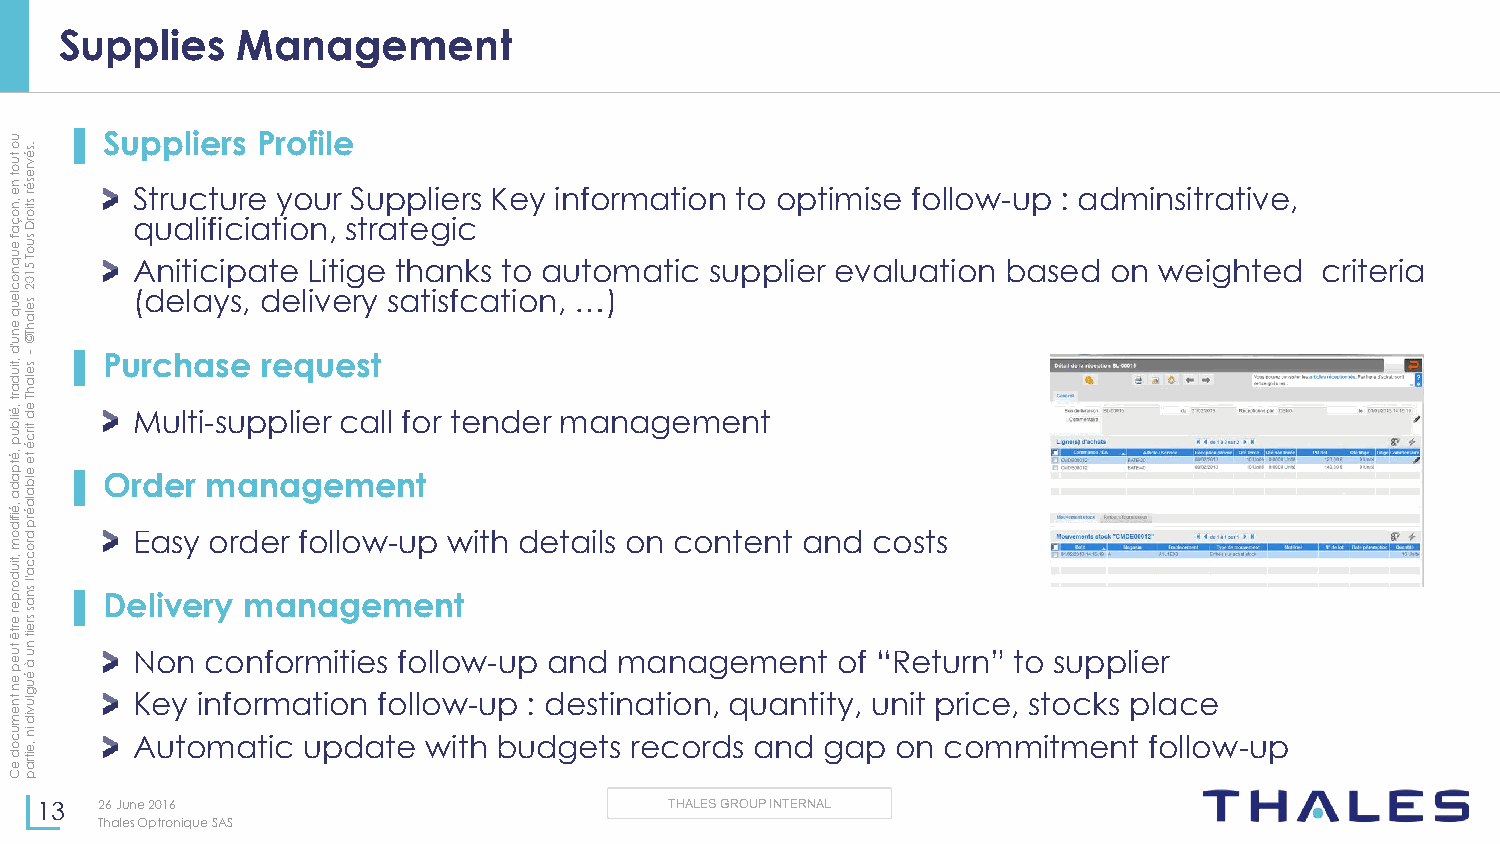
Supplies    Management
 u
 o
 tu o
 t n e
 ,n
 o ç
 a
 f
 e u q n o c le
 u
 q
 e
 n
 u.sé
 v re
 sé r
 stio
 rD
 su
 so eT
 l
 a5 h1 T0 ©2
 ▌ Su
 S
 q
 A
 (p
 dt
 u
 nrp
 eu
 a
 itl
 lc
 aii
 l
 ce
 ift yiu
 ir
 c
 p
 ss
 r
 ,i
 ae
 a
 P
 d
 ttr
 y
 e
 eio
 oo
 lLf
 inu
 vi il
 t,
 ere
 i
 s
 gS
 r
 t
 yu
 era
 p
 s
 tt
 ahp
 e
 tal
 g
 ii se
 n
 fic
 cr ks
 as
 K tte
 io
 oy
 na
 i ,n
 u
 …f to
 o
 )r
 m
 m aa tt icio n
 su
 t po
 p
 o liep rt i em vis ae
 lu
 f ao tll io ow
 n
 - bu ap
 s
 e: a dd om
 n
 in ws eitr iga hti tv ee d,
 criteria
 'd
 ,tiuse- ▌ Purchase request
 d
 a rt
 ,é ilb
 u
 p
 ,é
 tp
 a d
 ala
 h T
 e d
 tirc
 é
 te
 e lb a ▌
 OrM du el rt i- msu ap np ali ger
 e
 c ma ell nfo
 t
 r tender management
 ,é ifid ola é rp
 d      Easy order follow-up with details on content and costs
 mro
 ,tiu
 d o rp e r e
 rtê
 tuc c
 a 'l sn a s sre
 it
 n
 u
 ▌ De Nli ov ne r cy
 o
 m nfoa rn ma ig tiee sm foe lln ot
 w -up and management    of “Return” to supplier
 e p
 e n tn
 à
 é u g lu Key information follow-up : destination, quantity, unit price, stocks place
 ev
 mid
 u
 c
 o
 d
 e
 in
 ,e
 itra
 Automatic  update  with budgets  records and gap  on commitment    follow-up
 Cp
 13   26 Jun e 2016                        THALES GROUP INTERNAL
 Thales Optronique SAS